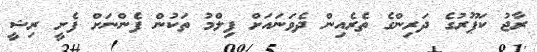
ރާޖު ކަޕޫރުގެ ދަރިންގެ ތެރެއިން ދެވަނައަށް ފިލްމު ތަކުން ފެންނަށް ފެށީ ރިޝީ